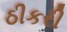
ઠીકરી